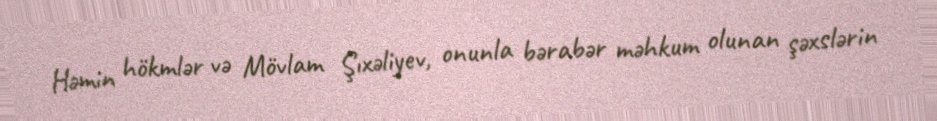
Həmin hökmlər və Mövlam Şıxəliyev, onunla bərabər məhkum olunan şəxslərin